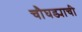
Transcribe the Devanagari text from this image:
चौघड्याची